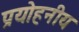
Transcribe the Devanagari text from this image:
प्रयोहनीय